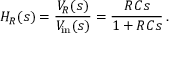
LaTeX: H _ { R } ( s ) = { \frac { V _ { R } ( s ) } { V _ { \mathrm { { i n } } } ( s ) } } = { \frac { R C s } { 1 + R C s } } \, .